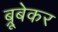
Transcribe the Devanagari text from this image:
ब्रूबेकर